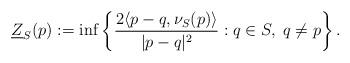
LaTeX: \begin{align*}\underline{Z}_S(p):= \inf \left\{ \frac{2 \langle p-q,\nu_S(p) \rangle}{|p-q|^2} : q \in S, \; q \neq p \right\}.\end{align*}